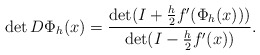
\begin{align*} \det D\Phi_h(x) = \frac{\det (I+\frac{h}{2}f'(\Phi_h(x)))}{\det(I-\frac{h}{2}f'(x))}.\end{align*}